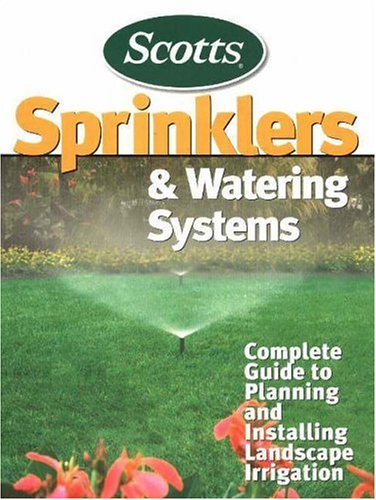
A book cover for Sprinklers and Watering Systems; Scotts; Crafts, Hobbies & Home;